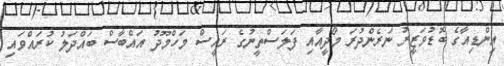
އިންޑިއާގެ ބޮޑުވަޒީރު ނަރެންދުރަ މޯދީއާއި ފަލަސްތީނުގެ ރައީސް މަހްމޫދު އައްބާސް ބައްދަލު ކުރައްވައި